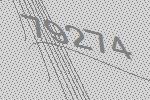
79274